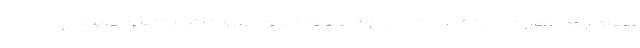
هفته بعد معاون بازرگانی داخلی وزارت صمت ضمن اعلام تداوم تأمین مایحتاج